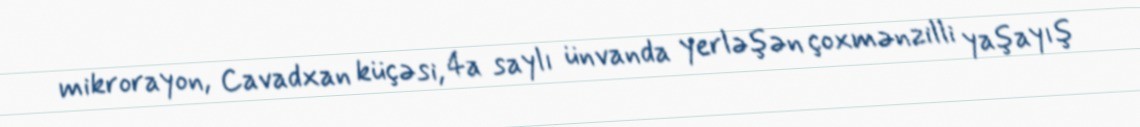
mikrorayon, Cavadxan küçəsi, 4a saylı ünvanda yerləşən çoxmənzilli yaşayış